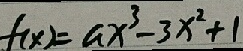
f ( x ) = a x ^ { 3 } - 3 x ^ { 2 } + 1